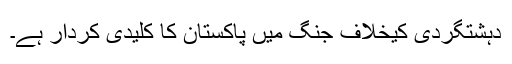
دہشتگردی کیخلاف جنگ میں پاکستان کا کلیدی کردار ہے۔